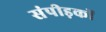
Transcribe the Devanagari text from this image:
संपीड़कों